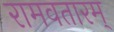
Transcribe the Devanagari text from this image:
रामवतारम्‌